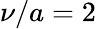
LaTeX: \nu/a=2